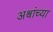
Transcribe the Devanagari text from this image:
अश्वांच्या